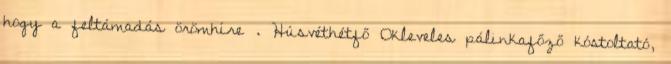
hogy a feltámadás örömhíre . Húsvéthétfő Okleveles pálinkafőző kóstoltató,